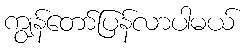
ကျွန်တော်ပြန်လာပါမယ်